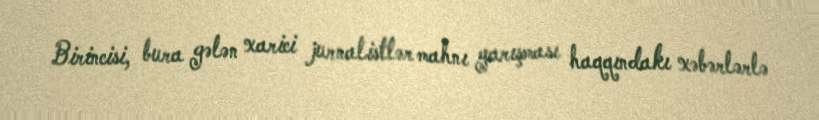
Birincisi, bura gələn xarici jurnalistlər mahnı yarışması haqqındakı xəbərlərlə